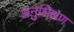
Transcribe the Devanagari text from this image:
अनुशिक्षण